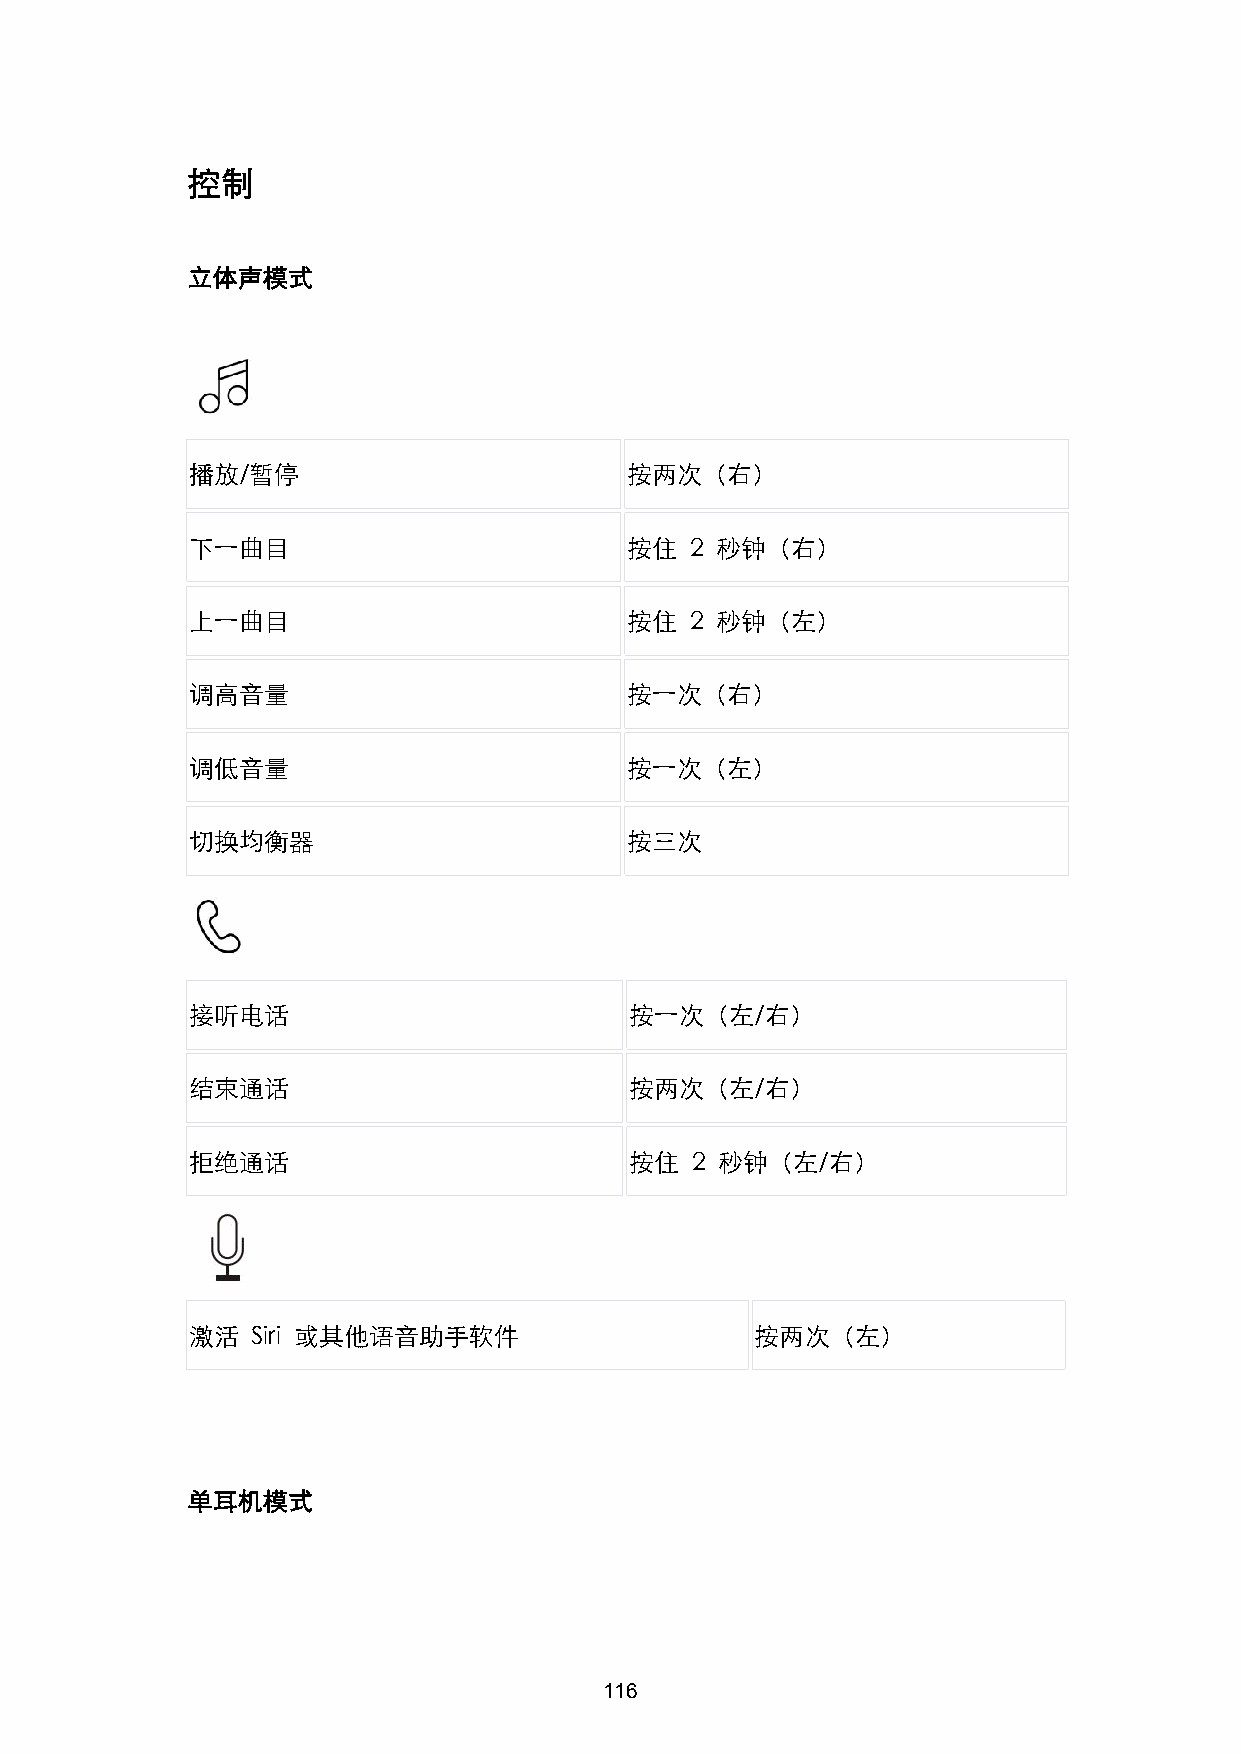
控制
 立体声模式
 播放/暂停                        按两次（右）
 下一曲目                         按住   2 秒钟（右）
 上一曲目                         按住   2 秒钟（左）
 调高音量                         按一次（右）
 调低音量                         按一次（左）
 切换均衡器                        按三次
 接听电话                          按一次（左/右）
 结束通话                          按两次（左/右）
 拒绝通话                          按住  2 秒钟（左/右）
 激活   Siri 或其他语音助手软件                   按两次（左）
 单耳机模式
 116